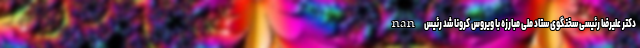
nan دکتر علیرضا رئیسی سخنگوی ستاد ملی مبارزه با ویروس کرونا شد رئیس